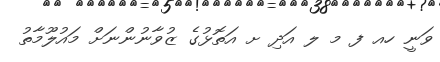
ވަނީ ހއ ފ މ ލ އަދި ށ އަތޮޅުގެ ޒުވާނުންނަށް މައުލޫމާތު